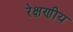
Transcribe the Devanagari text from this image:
रेक्षणीय